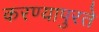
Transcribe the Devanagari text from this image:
करण्यापुरते